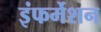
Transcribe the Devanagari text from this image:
इंफर्मेशन